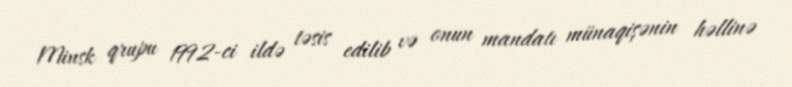
Minsk qrupu 1992-ci ildə təsis edilib və onun mandatı münaqişənin həllinə